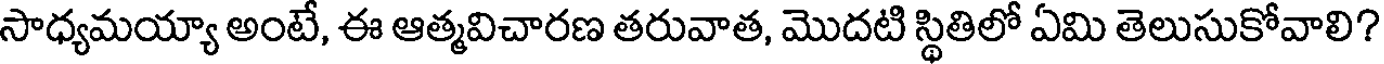
సాధ్యమయ్యా అంటే, ఈ ఆత్మవిచారణ తరువాత, మొదటి స్థితిలో ఏమి తెలుసుకోవాలి?